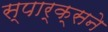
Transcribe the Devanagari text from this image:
स्पार्क्‍सने